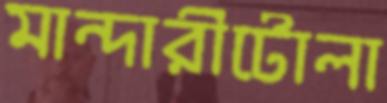
মান্দারীটোলা